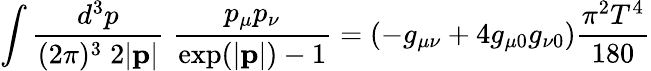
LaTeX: \int\frac{d^{3}p}{(2\pi)^{3}\; 2|{\mathbf p}|}\; \frac{p_{\mu}p_{\nu}}{\mathrm{exp}(|{\mathbf p}|)-1}=(-g_{\mu\nu}+4g_{\mu 0}g_{\nu 0})\frac{\pi^{2}T^{4}}{180}